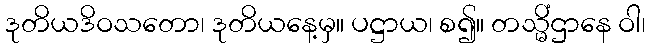
ဒုတိယဒိဝသတော၊ ဒုတိယနေ့မှ။ ပဋ္ဌာယ၊ စ၍။ တသ္မိံဌာနေ ဝါ၊